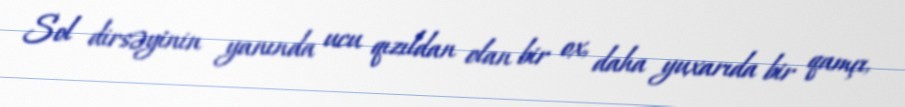
Sol dirsəyinin yanında ucu qızıldan olan bir ox, daha yuxarıda bir qamçı,